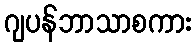
ဂျပန်ဘာသာစကား